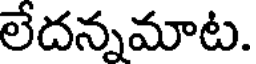
లేదన్నమాట.